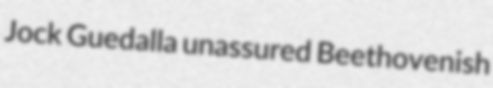
Jock Guedalla unassured Beethovenish